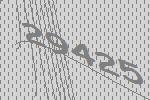
29425